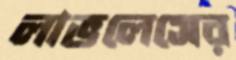
লাভলেসের